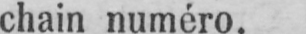
chain numéro.